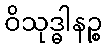
ဝိသုဒ္ဓါနဉ္စ